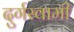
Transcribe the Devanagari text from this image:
दुर्गस्वामी